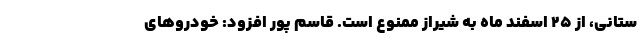
ستانی، از ۲۵ اسفند ماه به شیراز ممنوع است. قاسم پور افزود: خودرو‌های